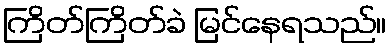
ကြိတ်ကြိတ်ခဲ မြင်နေရသည်။